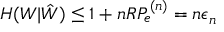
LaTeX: H ( W | { \hat { W } } ) \leq 1 + n R P _ { e } ^ { ( n ) } = n \epsilon _ { n }